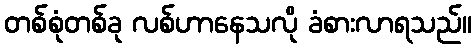
တစ်စုံတစ်ခု လစ်ဟာနေသလို ခံစားလာရသည်။